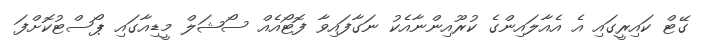
ގޭޓް ކައިރީގައި އެ އެއާލައިންގެ ކުރޫއިންނާއެކު ނަގާފައިވާ ފޮޓޯއެއް ސޯޝަލް މީޑިއާގައި ޕޯސްޓުކޮށްފަ